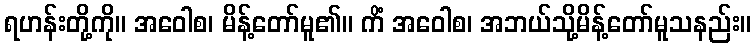
ရဟန်းတို့ကို။ အဝေါစ၊ မိန့်တော်မူ၏။ ကိံ အဝေါစ၊ အဘယ်သို့မိန့်တော်မူသနည်း။